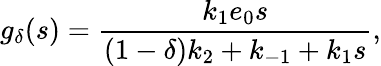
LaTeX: g_{\delta}(s)=\frac{k_{1}e_{0}s}{(1-\delta)k_{2}+k_{-1}+k_{1}s},